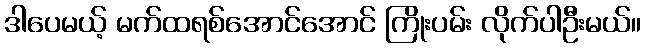
ဒါပေမယ့် မက်ထရစ်အောင်အောင် ကြိုးပမ်း လိုက်ပါဦးမယ်။